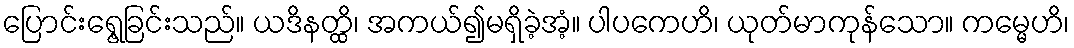
ပြောင်းရွေ့ခြင်းသည်။ ယဒိနတ္ထိ၊ အကယ်၍မရှိခဲ့အံ့။ ပါပကေဟိ၊ ယုတ်မာကုန်သော။ ကမ္မေဟိ၊